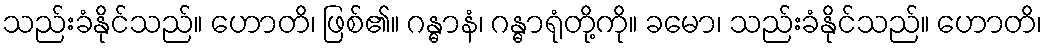
သည်းခံနိုင်သည်။ ဟောတိ၊ ဖြစ်၏။ ဂန္ဓာနံ၊ ဂန္ဓာရုံတို့ကို။ ခမော၊ သည်းခံနိုင်သည်။ ဟောတိ၊